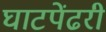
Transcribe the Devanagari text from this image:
घाटपेंढरी